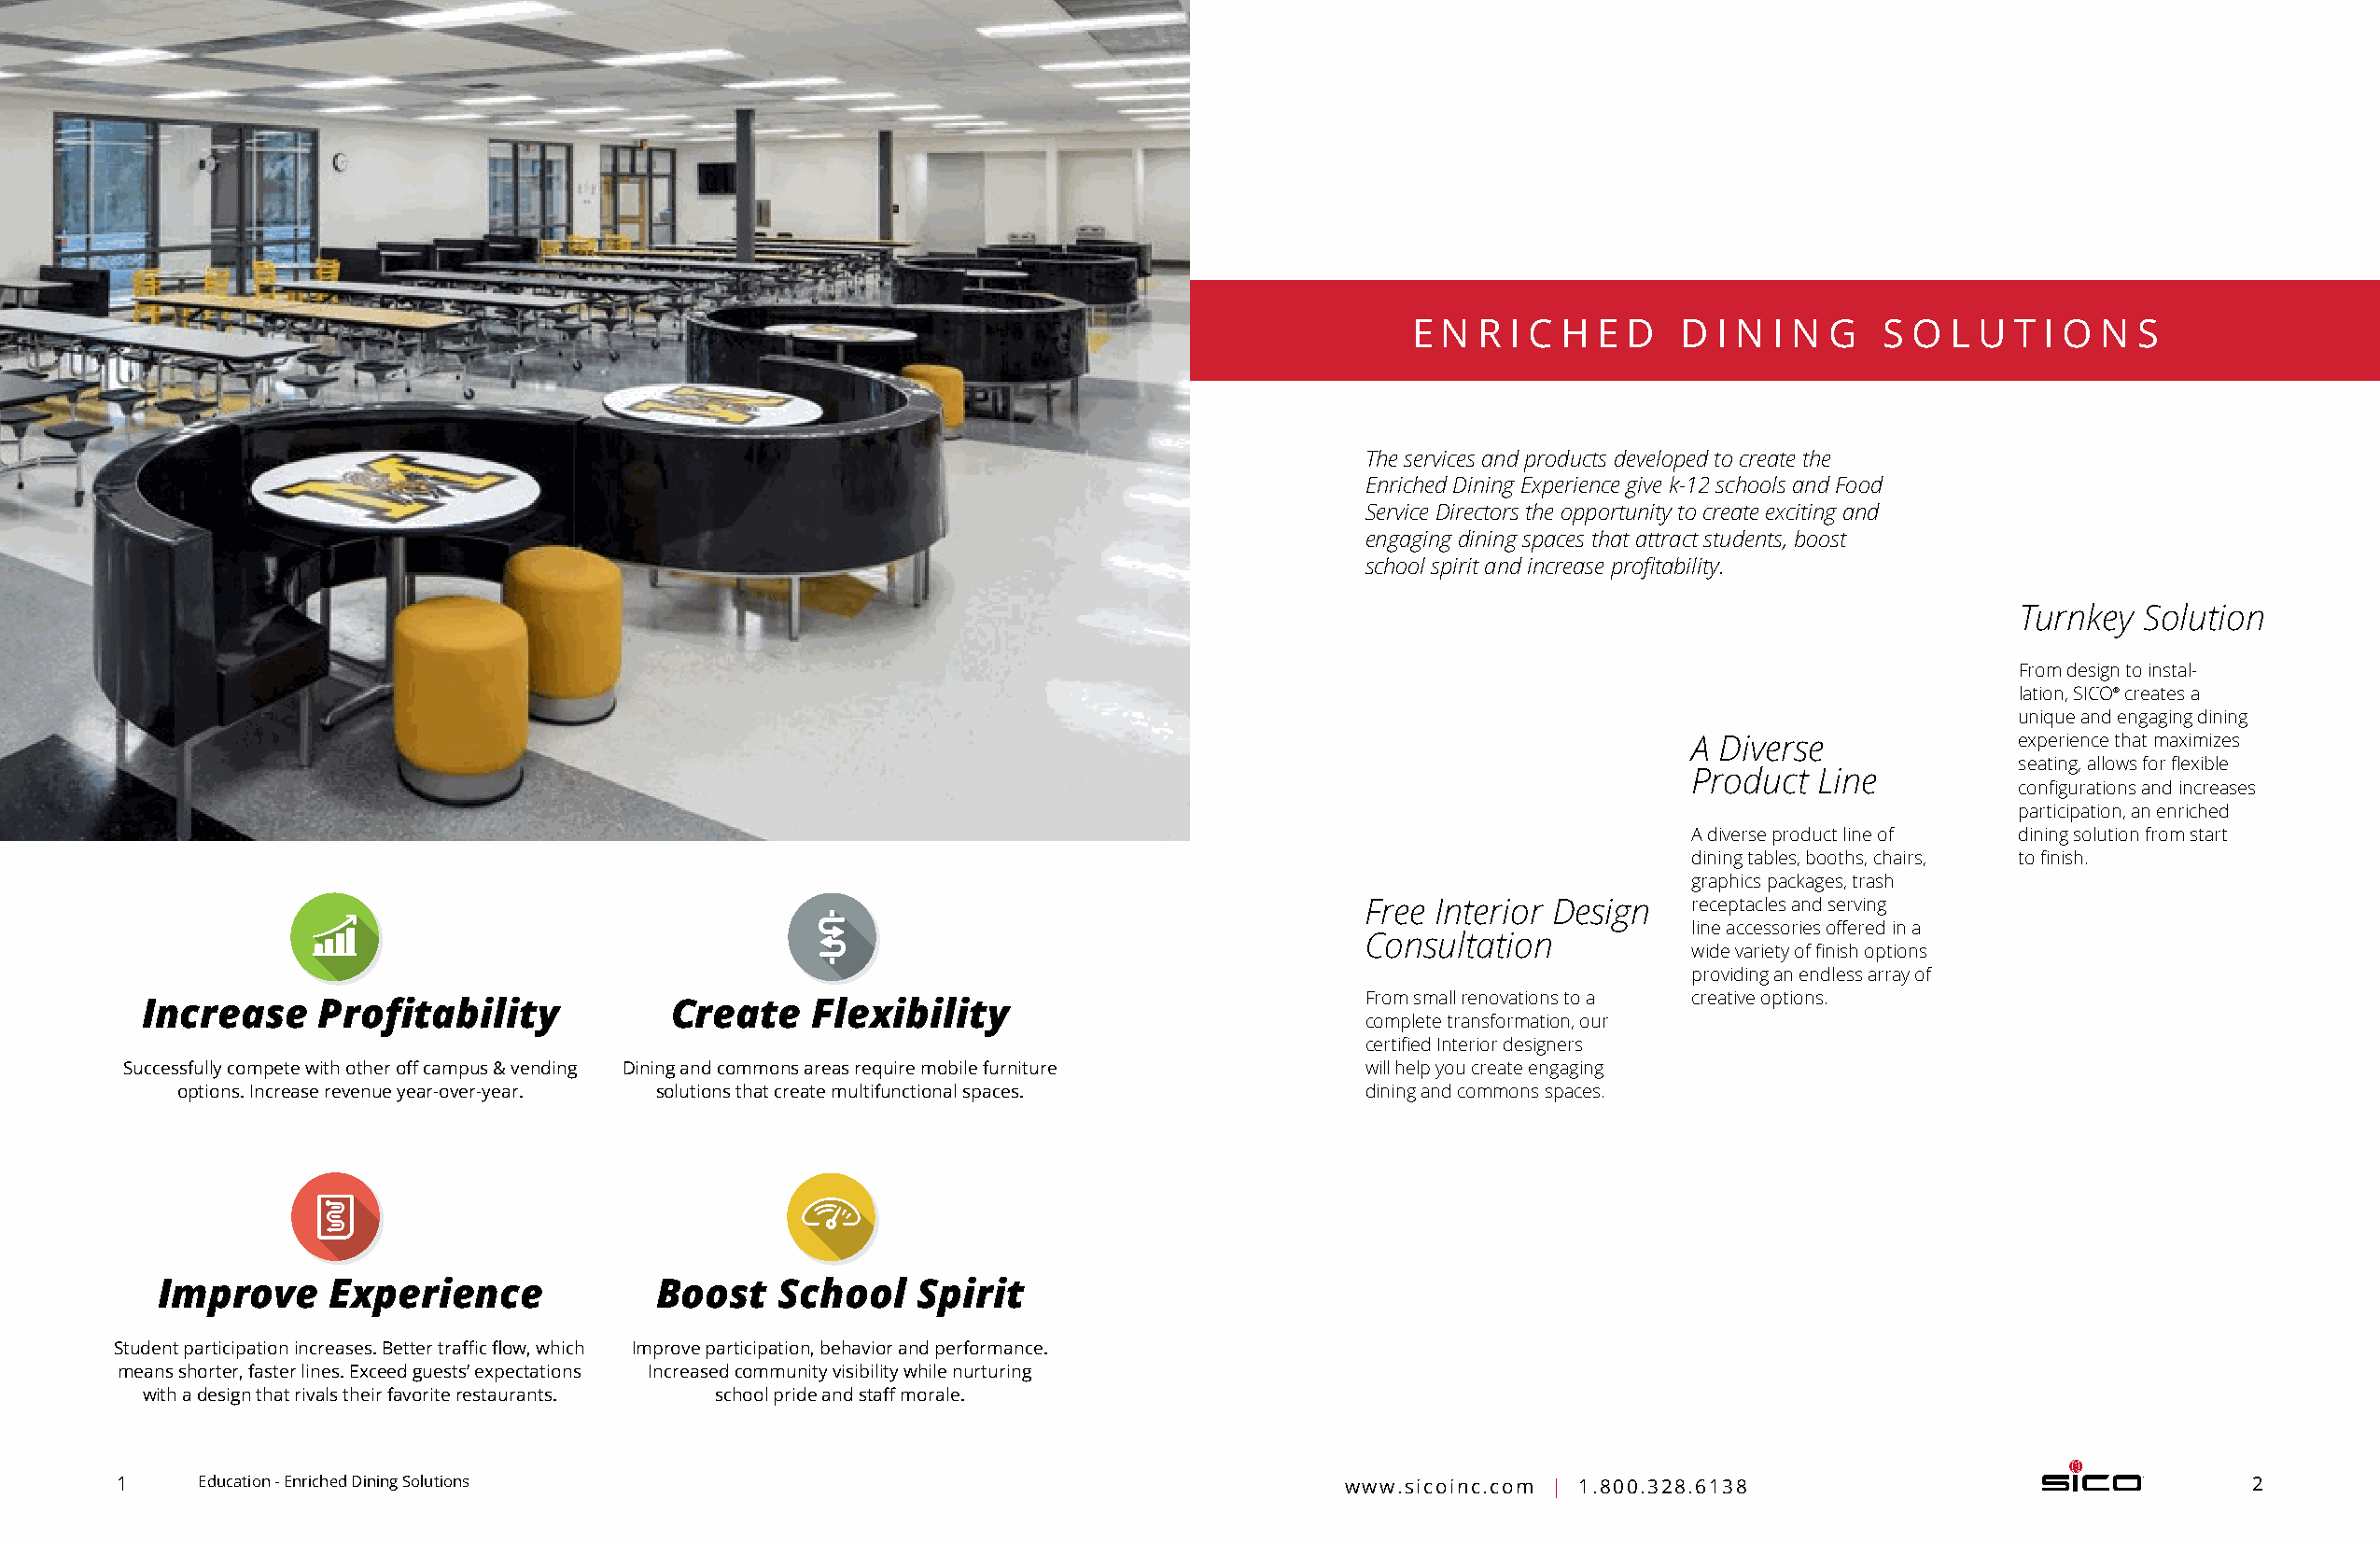
E N  R I C H E D   D  I N I N G   S O L U  T I O N  S
 The services and products developed to create the
 Enriched Dining Experience give k-12 schools and Food
 Service Directors the opportunity to create exciting and
 engaging dining spaces that attract students, boost
 school spirit and increase profitability.
 Turnkey  Solution
 From design to instal-
 lation, SICO® creates a
 unique and engaging dining
 A Diverse              experience that maximizes
 seating, allows for flexible
 Product  Line
 configurations and increases
 participation, an enriched
 A diverse product line of dining solution from start
 dining tables, booths, chairs, to finish.
 graphics packages, trash
 Free Interior Design   receptacles and s erving
 line accessories offered in a
 Consultation
 wide variety of finish options
 providing an endless array of
 From small renovations to a creative options.
 Increase     Profitability            Create    Flexibility
 complete transformation, our
 certified Interior designers
 Successfully compete with other off campus & vending Dining and commons areas require mobile furniture will help you create engaging
 options. Increase revenue year-over-year. solutions that create multifunctional spaces. dining and commons spaces.
 Improve     Experience              Boost   School    Spirit
 Student participation increases. Better traffic flow, which Improve participation, behavior and performance.
 means shorter, faster lines. Exceed guests’ expectations Increased community visibility while nurturing
 with a design that rivals their favorite restaurants. school pride and staff morale.
 1     Education - Enriched Dining Solutions                                            www.sicoinc.com | 1.800.328.6138                                 2